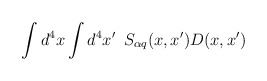
\begin{align*}\int d^4x\int d^4x^{\prime }\,\,\,S_{\alpha q}(x,x^{\prime })D(x,x^{\prime })\end{align*}